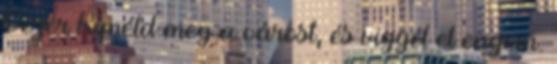
Vezér Kíméld meg a várost, és vigyél el engem.